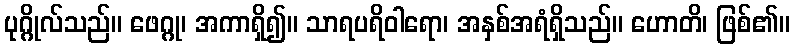
ပုဂ္ဂိုလ်သည်။ ဖေဂ္ဂု၊ အကာရှိ၍။ သာရပရိဝါရော၊ အနှစ်အရံရှိသည်။ ဟောတိ၊ ဖြစ်၏။